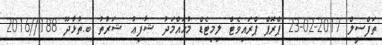
ތަފްސީލް 2017-02-23 ޕްރޮޕް ޕްރައިވެޓް ލިމިޓެޑް މުޙައްމަދު ޝާފިޢު ޝަރުތު ބ.ތުޅާދޫ 188//2016